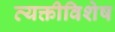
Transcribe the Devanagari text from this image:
व्यक्तीविशेष